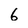
Character: 6